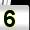
Digit: 5